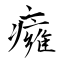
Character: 癕